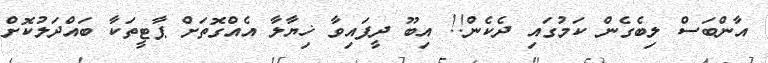
އާންބަސް ލިބެގެން ކަމުގައި ދެކެން!! އިބޫ ދީފައިވާ ޚިޔާލާ އެއްގޮތަށް ޕާޓީތަކާ ބައްދަލުކޮށް